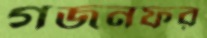
গজনফর